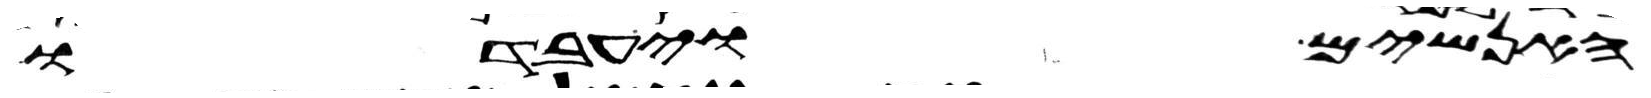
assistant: האנשים ויעבדו